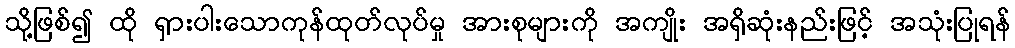
သို့ဖြစ်၍ ထို ရှားပါးသောကုန်ထုတ်လုပ်မှု အားစုများကို အကျိုး အရှိဆုံးနည်းဖြင့် အသုံးပြုရန်